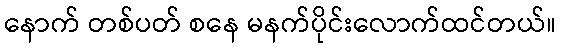
နောက် တစ်ပတ် စနေ မနက်ပိုင်းလောက်ထင်တယ်။